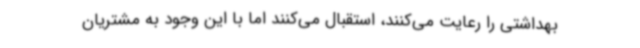
بهداشتی را رعایت می‌کنند، استقبال می‌کنند اما با این وجود به مشتریان